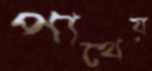
পাথেয়